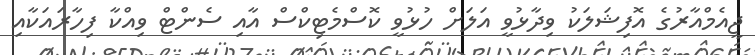
ޖީއެމްއާރުގެ އޮފިޝަލަކު ވިދާޅުވީ އަލަށް ހުޅުވީ ކޮސްމެޓިކްސް އާއި ސެންޓް ވިއްކާ ފިހާރައަކާއި